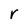
Character: r